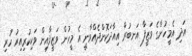
އަދި އެމީހުންގެ ވަޒީފާ އަނބުރާ އިއާދަކޮށްދެއްވާނީ އެ މީހުން ވަޒީފާއިން ވަކިކުރިއިރު ހުރި